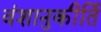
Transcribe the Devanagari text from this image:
वंशानुकीर्ति